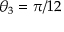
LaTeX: \theta _ { 3 } = \pi / 1 2